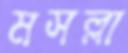
মসল্লা